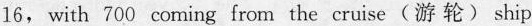
16, with 700 coming from the cruise(游 轮) ship